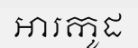
អារកូដ